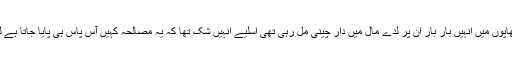
کیرلا کے آس پاس کے سمندر میں عرب تجارتی جہازوں پرمسلسل چھاپوں میں انہیں بار بار ان پر لدے مال میں دار چینی مل رہی تھی اسلیے انہیں شک تھا کہ یہ مصالحہ کہیں آس پاس ہی پایا جاتا ہے لیکن کیرلا کے سمندر سے آگے کے علاقے سے وہ بلکل ناواقف تھے۔